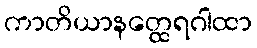
ကာတိယာနတ္ထေရဂါထာ